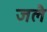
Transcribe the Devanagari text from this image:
जलै